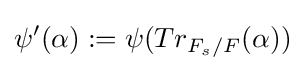
\psi '(\alpha ):=\psi (Tr_{F_{s}/F}(\alpha ))